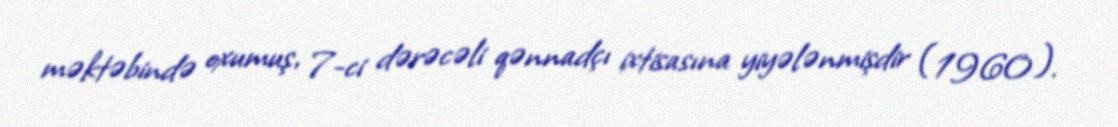
məktəbində oxumuş, 7-ci dərəcəli qənnadçı ixtisasına yiyələnmişdir (1960).